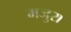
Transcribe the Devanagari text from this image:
मजुरा